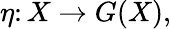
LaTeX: \eta\colon X\to G(X),